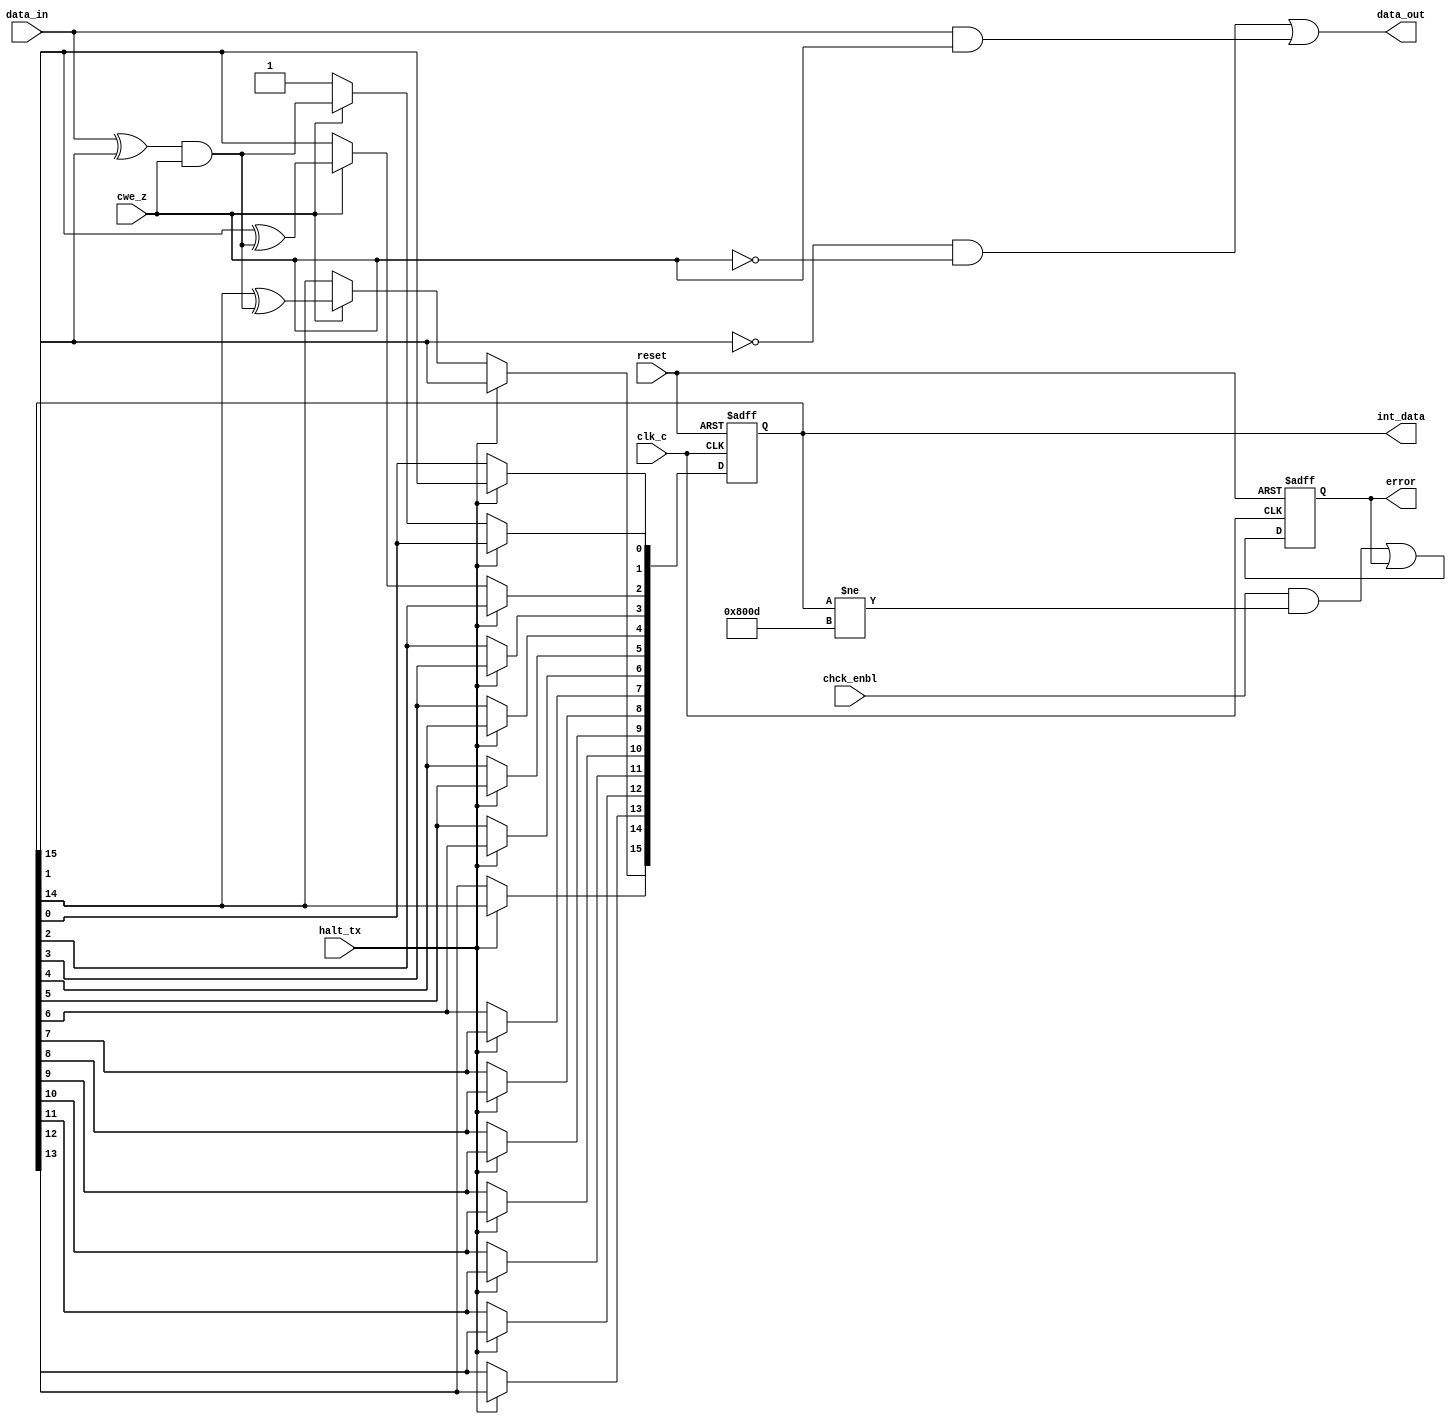
`timescale 1ns / 10ps
// **********************************************************************
//
//      Version:        1.0
//      Instructor:     Dr. Yacoub Elziq
//
//      Module:         crc_16
//
//      Children:       none
//
//      Function:       standard CRC module (1 bit input, 16 bit CRC).
//                      This block is build up like a standard serial
//                      16 bit CRC block, i.e. 1 bit data input, 1 bit
//                      CRC output (16 clocks to shift it out.
//                      The block is clocked and has a clock enable input.
//			CRC type: X16 + X5 + X2 + 1
//
// **********************************************************************
 
module	crc_16(clk_c,reset,halt_tx,cwe_z,chck_enbl,data_in,data_out,error,int_data);

input	clk_c;			// clock 
input	reset;			// active high reset
input	halt_tx;		// active high clk disable signal
input	cwe_z;			// enable check data
input	chck_enbl;		// enable error check
input	data_in;		// 1 bit of data input
output	data_out;		// 1 bit of data output	
output	error;			// high when error detected.
output	[15:0] int_data;		

reg	[15:0] data_q;		// actual register flipflop (Q-side)
wire	[15:0] data_d;		// actual register flipflop (D-side)

reg	error_q;
wire	error_d;

wire	shift_in;		// crc feedback shift line
wire	d0_shift;
wire	d2_shift;
wire	d15_shift;

parameter
TIME		=	1;

assign	data_out = (~data_q[15] & ~cwe_z) | (data_in & cwe_z);	
					// connect output to register bit	

// ##### Error detection, only when chck_enbl is high...
assign	error_d = (chck_enbl & ((data_q != 16'b1000000000001101))) |
			error_q;
assign	error = error_q;		// connect FF to output

assign	int_data = data_q;
// ***********************************************
// **** Connect CRC block interconnects
// ***********************************************

assign	shift_in = (data_in ^ data_q[15]) & cwe_z;
assign	d0_shift  = cwe_z ? shift_in : 1'b1;
assign	d2_shift  = cwe_z ? (data_q[1]  ^ shift_in) : data_q[1];
assign	d15_shift = cwe_z ? (data_q[14] ^ shift_in) : data_q[14];

assign	data_d[0]  = (~halt_tx) ?  d0_shift    : data_q[0];
assign	data_d[1]  = (~halt_tx) ?  data_q[0]   : data_q[1];
assign	data_d[2]  = (~halt_tx) ?  d2_shift    : data_q[2];
assign	data_d[3]  = (~halt_tx) ?  data_q[2]   : data_q[3];
assign	data_d[4]  = (~halt_tx) ?  data_q[3]   : data_q[4];
assign	data_d[5]  = (~halt_tx) ?  data_q[4]   : data_q[5];
assign	data_d[6]  = (~halt_tx) ?  data_q[5]   : data_q[6];
assign	data_d[7]  = (~halt_tx) ?  data_q[6]   : data_q[7];
assign	data_d[8]  = (~halt_tx) ?  data_q[7]   : data_q[8];
assign	data_d[9]  = (~halt_tx) ?  data_q[8]   : data_q[9];
assign	data_d[10] = (~halt_tx) ?  data_q[9]   : data_q[10];
assign	data_d[11] = (~halt_tx) ?  data_q[10]  : data_q[11];
assign	data_d[12] = (~halt_tx) ?  data_q[11]  : data_q[12];
assign	data_d[13] = (~halt_tx) ?  data_q[12]  : data_q[13];
assign	data_d[14] = (~halt_tx) ?  data_q[13]  : data_q[14];
assign	data_d[15] = (~halt_tx) ?  d15_shift   : data_q[15];

// ******************* following for test purposes, to check
// ******************* crc timing/logic in debug
//assign	data_d[0]  =  shift_in;
//assign	data_d[1]  =  data_q[0];
//assign	data_d[2]  =  data_q[1];
//assign	data_d[3]  =  data_q[2];
//assign	data_d[4]  =  data_q[3];
//assign	data_d[5]  =  data_q[4];
//assign	data_d[6]  =  data_q[5];
//assign	data_d[7]  =  data_q[6];
//assign	data_d[8]  =  data_q[7];
//assign	data_d[9]  =  data_q[8];
//assign	data_d[10] =  data_q[9];
//assign	data_d[11] =  data_q[10];
//assign	data_d[12] =  data_q[11];
//assign	data_d[13] =  data_q[12];
//assign	data_d[14] =  data_q[13];
//assign	data_d[15] =  data_q[14];

// **************************************************
// **** clock D-sides of flipflops into Q-sides *****
// **************************************************

always @(posedge clk_c , posedge reset)
begin
	if (reset)
	begin
//		data_q <= #TIME 16'hffff;		// asynchronous reset
		data_q <= 16'hffff;
		error_q <= 1'b0;
	end
	else
	begin
		//		data_q  <= #TIME data_d;
		data_q  <= data_d;
		//		error_q <= #TIME error_d;
		error_q <= error_d;
	end	
end

endmodule